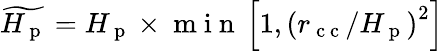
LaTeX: \widetilde{H_{\mathrm{~p~}}}=H_{\mathrm{~p~}}\times\mathrm{~m~i~n~}\left[1,\left(r_{\mathrm{~c~c~}}/H_{\mathrm{~p~}}\right)^{2}\right]